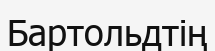
Бартольдтің